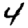
Digit: 4